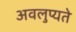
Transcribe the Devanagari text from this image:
अवलुप्यते